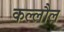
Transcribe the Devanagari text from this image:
कल्लौल